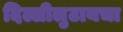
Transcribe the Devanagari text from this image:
दिल्लीलुटायचा